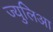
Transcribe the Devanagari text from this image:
ज्युलिआ